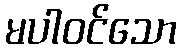
မပါဝင်သော